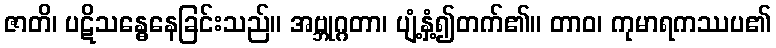
ဇာတိ၊ ပဋိသန္ဓေနေခြင်းသည်။ အဗ္ဘုဂ္ဂတာ၊ ပျံ့နှံ့၍တက်၏။ တာဝ၊ ကုမာရကဿပ၏